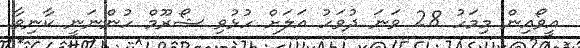
އީވޯއިން މިމަހު 28 ވަނަ ދުވަހު އަލަށް ހުޅުވި ޝޯރޫމް ހުންނަނީ ކާނިވާ